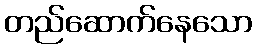
တည်ဆောက်နေသော